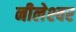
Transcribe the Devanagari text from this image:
नीलेश्‍वर